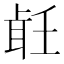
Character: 𦕢